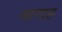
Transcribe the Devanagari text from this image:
नागाह